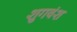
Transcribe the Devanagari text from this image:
शुगवंश